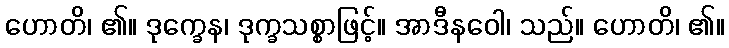
ဟောတိ၊ ၏။ ဒုက္ခေန၊ ဒုက္ခသစ္စာဖြင့်။ အာဒီနဝေါ၊ သည်။ ဟောတိ၊ ၏။